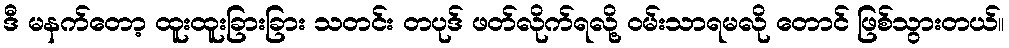
ဒီ မနက်တော့ ထူးထူးခြားခြား သတင်း တပုဒ် ဖတ်လိုက်ရလို့ ဝမ်းသာရမလို တောင် ဖြစ်သွားတယ်။